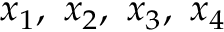
x _ { 1 } , \ x _ { 2 } , \ x _ { 3 } , \ x _ { 4 }